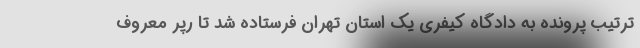
ترتیب پرونده به دادگاه کیفری یک استان تهران فرستاده شد تا رپر معروف